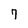
Character: 7